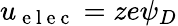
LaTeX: u_{\mathrm{~e~l~e~c~}}=ze\psi_{D}